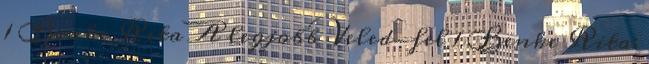
1 Benke Rita A legjobb Veled-fel 1 Benke Rita: